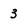
Character: 3